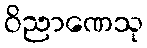
ဝိညာဏေသု